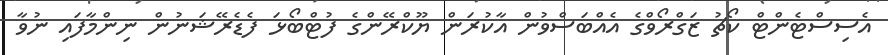
އެސިސްޓެންޓް ކޯޗު ޒަގްރޯވްގެ އެއްބަސްވުން އާކުރަން ޔޫކްރޭންގެ ފުޓްބޯޅަ ފެޑެރޭޝަނުން ނިންމާފައި ނުވާ